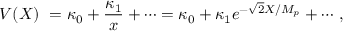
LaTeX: V ( X ) \ = \kappa _ { 0 } + { \frac { \kappa _ { 1 } } { x } } + \cdots = \kappa _ { 0 } + \kappa _ { 1 } e ^ { - \sqrt { 2 } X / M _ { p } } + \cdots \, ,